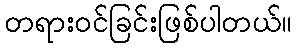
တရားဝင်ခြင်းဖြစ်ပါတယ်။